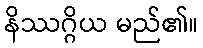
နိဿဂ္ဂိယ မည်၏။